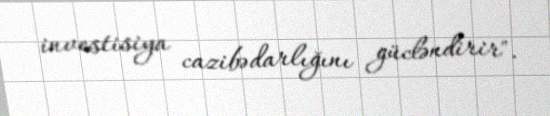
investisiya cazibədarlığını gücləndirir".